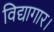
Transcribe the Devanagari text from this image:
विद्यागार।